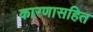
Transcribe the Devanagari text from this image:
कारणासहित